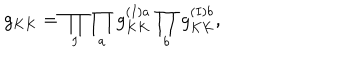
LaTeX: g _ { K K } = \prod _ { I } \prod _ { a } g _ { K K } ^ { ( I ) a } \prod _ { b } g _ { K K } ^ { ( I ) b } ,